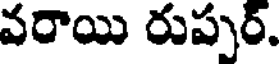
వరాయి రుప్పర్.